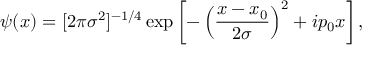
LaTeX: \psi ( x ) = [ 2 \pi \sigma ^ { 2 } ] ^ { - 1 / 4 } \exp \left[ - \left( \frac { x - x _ { 0 } } { 2 \sigma } \right) ^ { 2 } + i p _ { 0 } x \right] ,